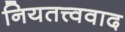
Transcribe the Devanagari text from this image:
नियतत्त्ववाद